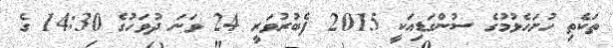
ތަކެތި ހުށަހެޅުމުގެ ސުންގަޑިއަކީ 2015 ފެބުރުވަރީ 24 ވަނަ ދުވަހުގެ 14:30 ގެ